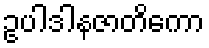
ဥပါဒါနဇာတိကော